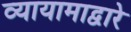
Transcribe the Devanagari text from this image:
व्यायामाद्वारे